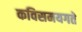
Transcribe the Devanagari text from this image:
कविसमयगते